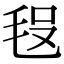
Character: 𣭗